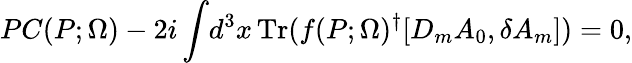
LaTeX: PC(P;\Omega)-2i\int\! d^{3}x\, \mathrm{Tr}(f(P;\Omega)^{\dagger}[D_{m}A_{0},\delta A_{m}])=0,